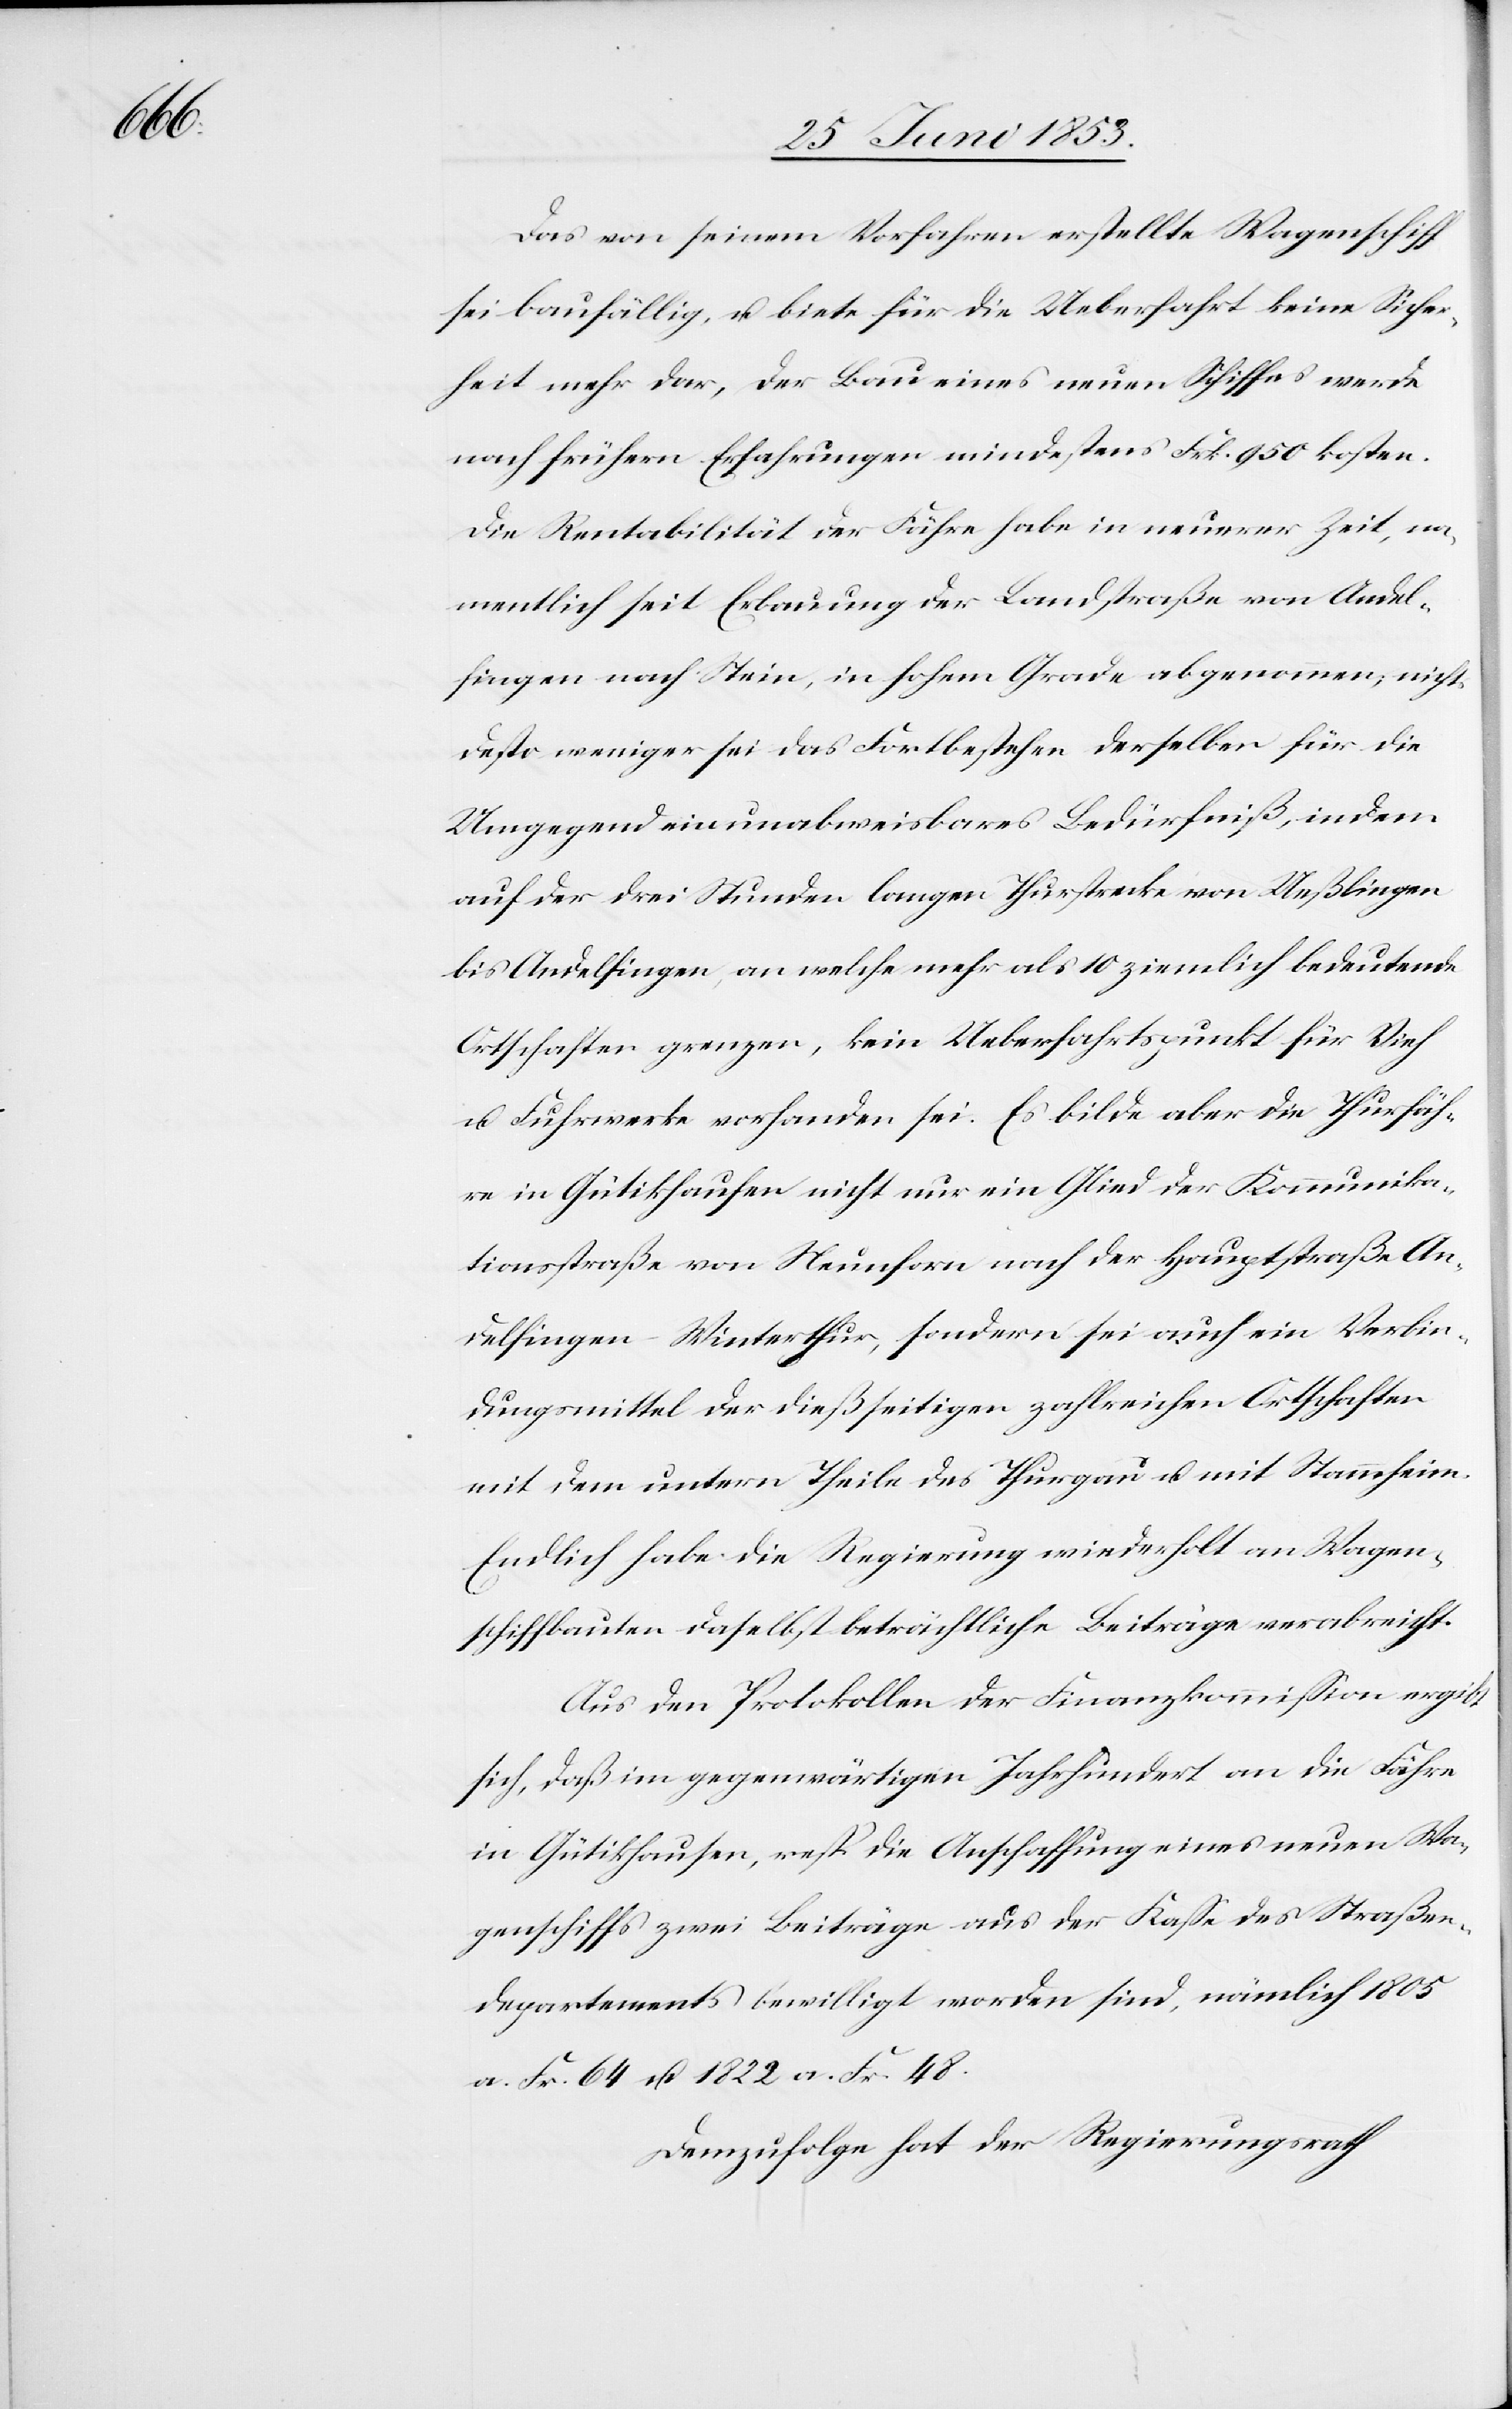
Das von seinem Verfahren erstellte Wagenschiff
sei baufällig, u. biete für die Ueberfahrt keine Sicher¬
heit mehr dar, der Bau eines neuen Schiffes werde
nach frühern Erfahrungen mindestens Frk. 950 kosten.
Die Rentabilität der Fähre habe in neuerer Zeit, na¬
mentlich seit Erbauung der Landstraße von Andel¬
fingen nach Stein, in hohem Grade abgenommen, nichts
desto weniger sei das Fortbestehen derselben für die
Umgegend ein unabweisbares Bedürfniß, indem
auf der drei Stunden langen Thurstrecke von Ueßlingen
bis Andelfingen, an welche mehr als 10 ziemlich bedeutende
Ortschaften grenzen, kein Ueberfahrtspunkt für Vieh
u. Fuhrwerke vorhanden sei. Es bilde aber die Thurfäh¬
re in Gütikhausen nicht nur ein Glied der Kommunika¬
tionsstraße von Neuforn nach der Hauptstraße An¬
delfingen-Winterthur, sondern sei auch ein Verbin¬
dungsmittel der dießseitigen zahlreichen Ortschaften
mit dem untern Theile des Thurgau u. mit Stammheim.
Endlich habe die Regierung wiederholt an Wagen¬
schiffbauten daselbst beträchtliche Beiträge verabreicht.
Aus den Protokollen der Finanzkommißion ergibt
sich, daß im gegenwärtigen Jahrhundert an die Fähre
in Gütikhausen, resp. die Anschaffung eines neuen Wa¬
genschiffes zwei Beiträge aus der Kaße des Straßen¬
departements bewilligt worden sind, nämlich 1805
a. Fr. 64 u. 1822 a. Fr. 48.
Demzufolge hat der Regierungsrath